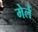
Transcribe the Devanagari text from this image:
मेर्ले